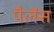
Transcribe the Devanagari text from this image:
पैलेंस